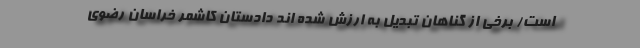
است/ برخی از گناهان تبدیل به ارزش شده اند دادستان کاشمر خراسان رضوی